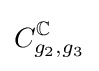
C_{g_{2},g_{3}}^{\mathbb {C} }